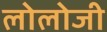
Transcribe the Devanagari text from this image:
लोलोजी